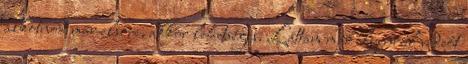
alkotnod már elsőre, akkor lehetséges. Láttam már ilyenről videót